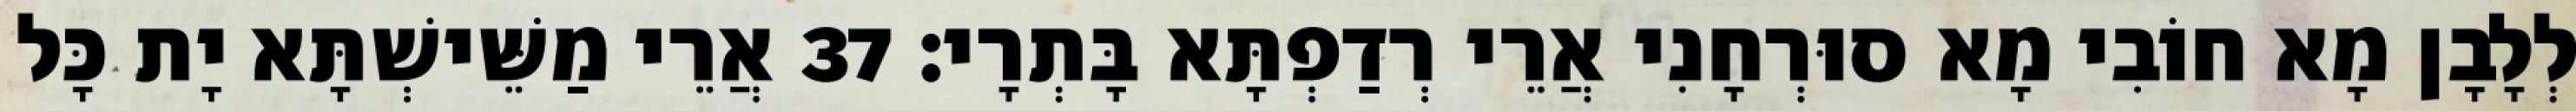
לְלָבָן מָא חוֹבִי מָא סוּרְחָנִי אֲרֵי רְדַפְתָּא בָּתְרָי׃ 37 אֲרֵי מַשֵּׁישְׁתָּא יָת כָּל